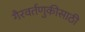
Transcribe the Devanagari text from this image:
गैरवर्तणुकीसाठी